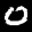
Label: 0